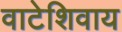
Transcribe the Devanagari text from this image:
वाटेशिवाय